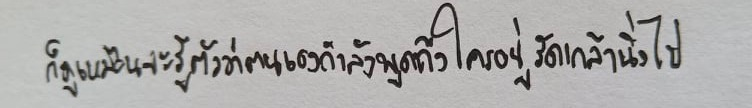
ก็ดูเหมือนจะรู้ตัวว่าตนเองกำลังพูดถึงใครอยู่รัดเกล้านิ่งไป